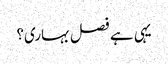
یہی ہے فصل بہاری؟